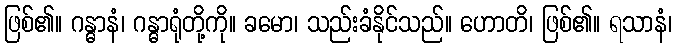
ဖြစ်၏။ ဂန္ဓာနံ၊ ဂန္ဓာရုံတို့ကို။ ခမော၊ သည်းခံနိုင်သည်။ ဟောတိ၊ ဖြစ်၏။ ရသာနံ၊